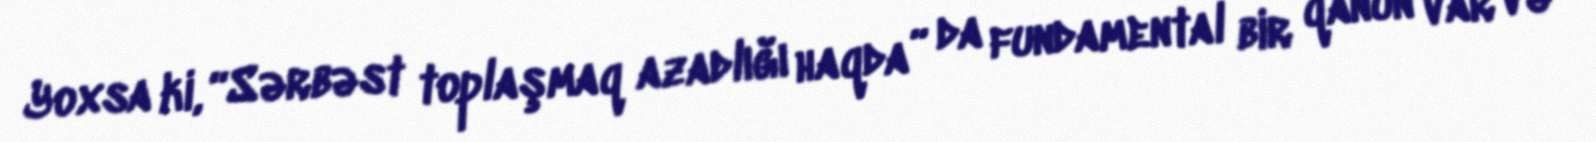
Yoxsa ki, “Sərbəst toplaşmaq azadlığı haqda” da fundamental bir qanun var və